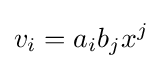
v_{i}=a_{i}b_{j}x^{j}